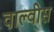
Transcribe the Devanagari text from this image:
वाल्वीस